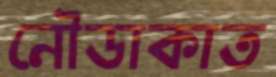
নৌডাকাত